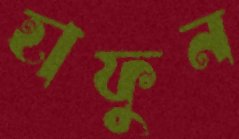
হাফুন